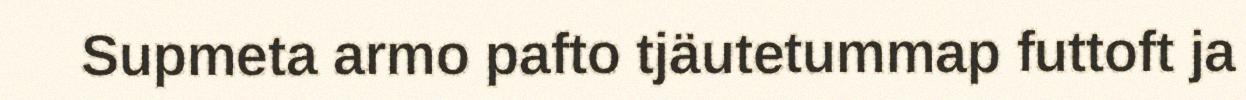
Supmeta armo pafto tjäutetummap futtoft ja